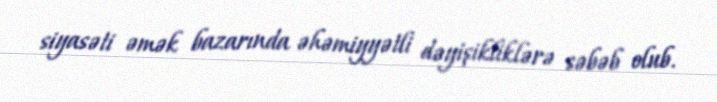
siyasəti əmək bazarında əhəmiyyətli dəyişikliklərə səbəb olub.